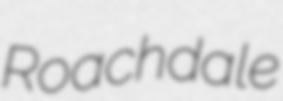
Roachdale